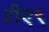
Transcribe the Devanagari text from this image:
टीए९